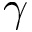
\gamma